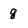
Character: g